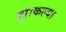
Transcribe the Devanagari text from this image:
झाकल्या